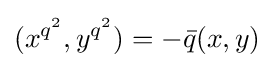
(x^{q^{2}},y^{q^{2}})=-{\bar {q}}(x,y)